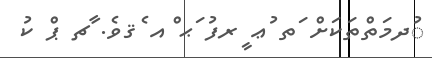
ުދމަތްތަކަށް ަތ ުޢ ީރފު ަޙ ްއ ެޤވެ. ާޗ ޕް ކު